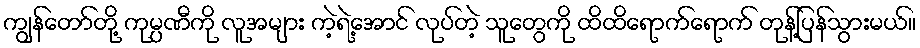
ကျွန်တော်တို့ ကုမ္ပဏီကို လူအများ ကဲ့ရဲ့အောင် လုပ်တဲ့ သူတွေကို ထိထိရောက်ရောက် တုန့်ပြန်သွားမယ်။